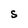
Character: S